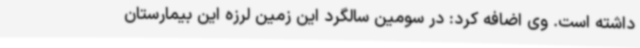
داشته است. وی اضافه کرد: در سومین سالگرد این زمین لرزه این بیمارستان